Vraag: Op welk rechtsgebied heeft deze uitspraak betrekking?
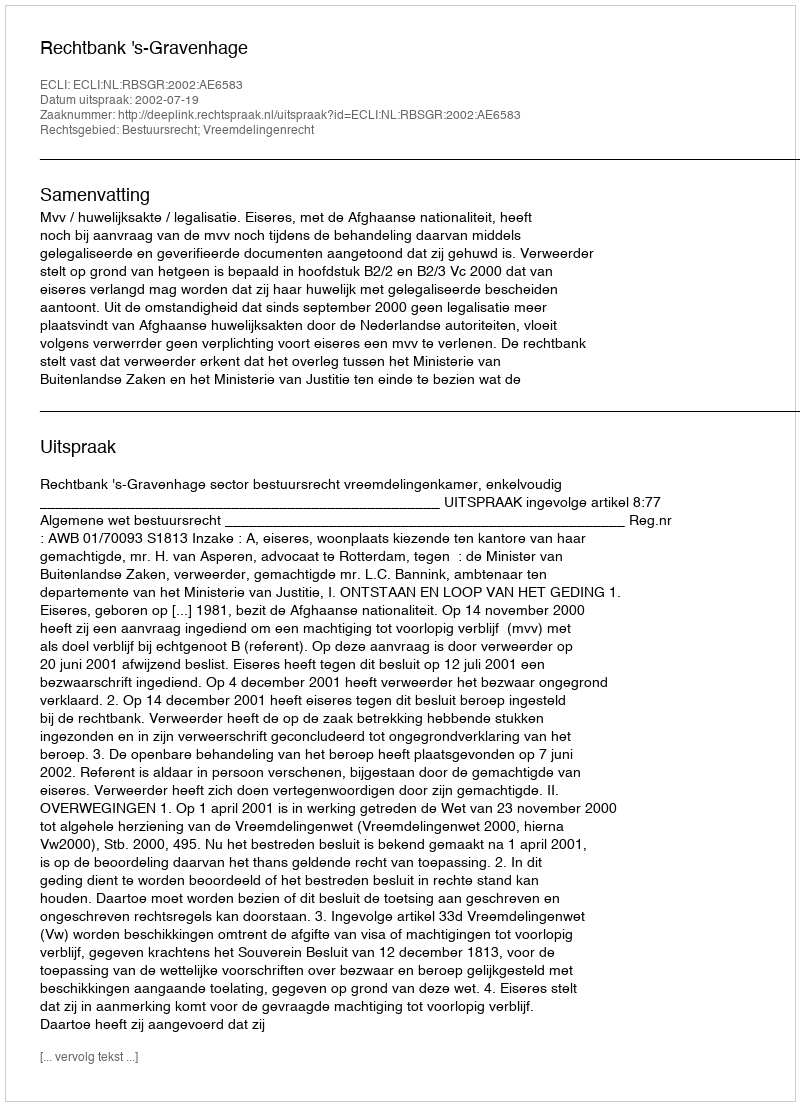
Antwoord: Bestuursrecht; Vreemdelingenrecht